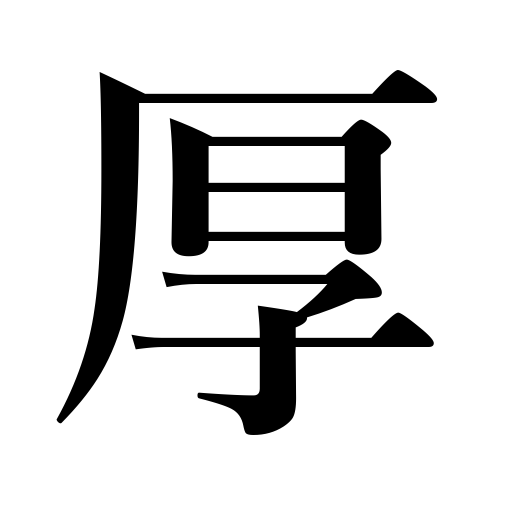
Meanings: kind,cordial,thick,very thick,heavy